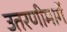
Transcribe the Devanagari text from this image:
उतरणीमार्गे